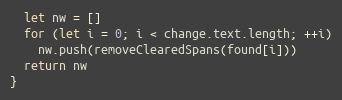
Language: JavaScript
  let nw = []
  for (let i = 0; i < change.text.length; ++i)
    nw.push(removeClearedSpans(found[i]))
  return nw
}